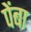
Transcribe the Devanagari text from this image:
पेंबा